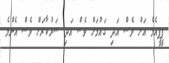
ޕީޕީއެމް އަށް ވެސް އަދި ގައުމަށް ވެސް އަދި ސަރުކާރަށް ވެސް އެންމެ